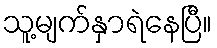
သူ့မျက်နှာရဲနေပြီ။